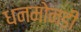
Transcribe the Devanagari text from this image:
धनमोनडी